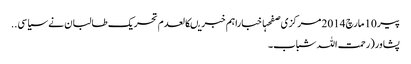
پیر 10 مارچ 2014 مرکزی صفحہاخباراہم خبریںکالعدم تحریک طالبان نے سیاسی ..
پشاور(رحمت اللہ شباب۔